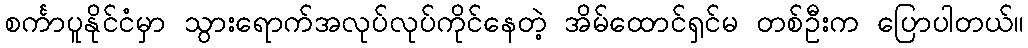
စင်္ကာပူနိုင်ငံမှာ သွားရောက်အလုပ်လုပ်ကိုင်နေတဲ့ အိမ်ထောင်ရှင်မ တစ်ဦးက ပြောပါတယ်။